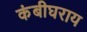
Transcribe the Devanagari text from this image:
कंबीघराय